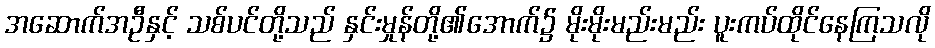
အဆောက်အဦနှင့် သစ်ပင်တို့သည် နှင်းမှုန်တို့၏အောက်၌ မိုးမိုးမည်းမည်း ပူးကပ်ထိုင်နေကြသလို